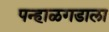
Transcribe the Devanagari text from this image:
पन्हाळगडाला